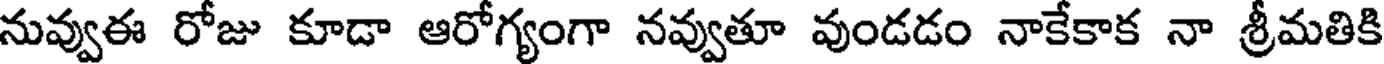
నువ్వుఈ రోజు కూడా ఆరోగ్యంగా నవ్వుతూ వుండడం నాకేకాక నా శ్రీమతికి